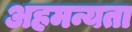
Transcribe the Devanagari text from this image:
अहमन्यता